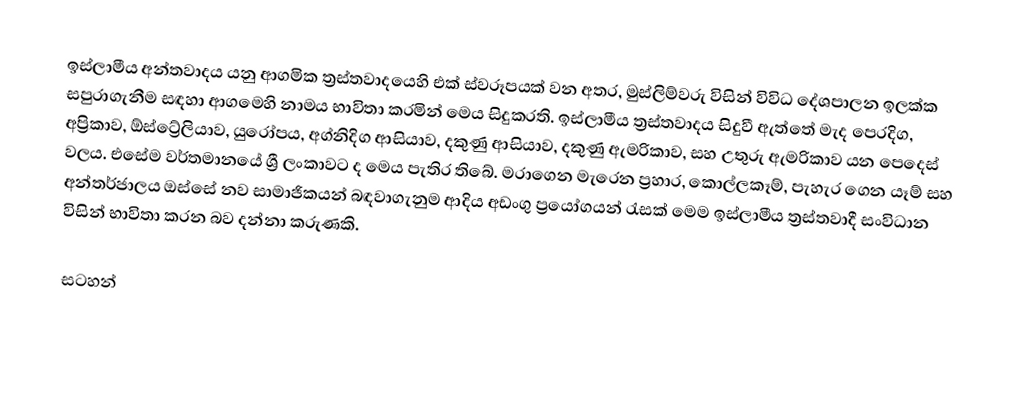
ඉස්ලාමීය අන්තවාදය යනු ආගමික ත්‍රස්තවාදයෙහි එක් ස්වරූපයක් වන අතර,  මුස්ලිම්වරු විසින් විවිධ දේශපාලන ඉලක්ක සපුරාගැනීම සඳහා ආගමෙහි නාමය භාවිතා කරමින් මෙය සිදුකරති. ඉස්ලාමීය ත්‍රස්තවාදය සිදුවී ඇත්තේ  මැද පෙරදිග, අප්‍රිකාව, ඕස්ට්‍රේලියාව, යුරෝපය, අග්නිදිග ආසියාව, දකුණු ආසියාව, දකුණු ඇමරිකාව, සහ  උතුරු ඇමරිකාව යන පෙදෙස් වලය. එසේම වර්තමානයේ ශ්‍රී ලංකාවට ද මෙය පැතිර තිබේ.  මරාගෙන මැරෙන ප්‍රහාර, කොල්ලකෑම්, පැහැර ගෙන යෑම් සහ  අන්තර්ජාලය ඔස්සේ නව සාමාජිකයන් බඳවාගැනුම ආදිය අඩංගු  ප්‍රයෝගයන් රැසක් මෙම ඉස්ලාමීය ත්‍රස්තවාදී සංවිධාන විසින් භාවිතා කරන බව දන්නා කරුණකි.

සටහන්